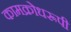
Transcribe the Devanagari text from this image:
कामक्रोधरूपी